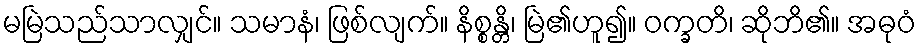
မမြဲသည်သာလျှင်။ သမာနံ၊ ဖြစ်လျက်။ နိစ္စန္တိ၊ မြဲ၏ဟူ၍။ ဝက္ခတိ၊ ဆိုဘိ၏။ အဓုဝံ